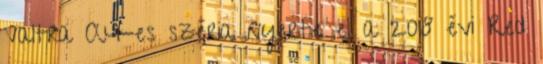
Valtra A4-es széria nyerte el a 2018 évi Red